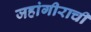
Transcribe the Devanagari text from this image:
जहांगीराची